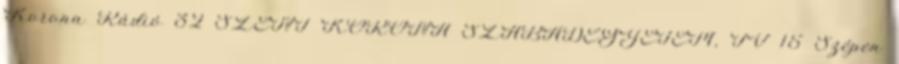
Korona Rádió 32 SZENT KORONA SZABADEGYETEM, TV 15 Szépen